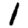
Digit: 1